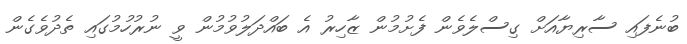
ބުނެފައި ސާރިޔާއަށް ގިސްލެވެން ފެށުމުން ޒާހިރު އެ ބައްދަލުވުމުން ވީ ނުރުހުމުގައި ތެދުވެގެން